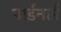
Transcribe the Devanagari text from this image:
पार्डनर्स